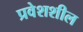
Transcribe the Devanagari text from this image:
प्रवेशशील